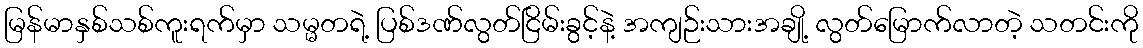
မြန်မာနှစ်သစ်ကူးရက်မှာ သမ္မတရဲ့ ပြစ်ဒဏ်လွတ်ငြိမ်းခွင့်နဲ့ အကျဉ်းသားအချို့ လွတ်မြောက်လာတဲ့ သတင်းကို